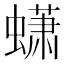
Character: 蟏